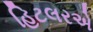
હિટલરએ